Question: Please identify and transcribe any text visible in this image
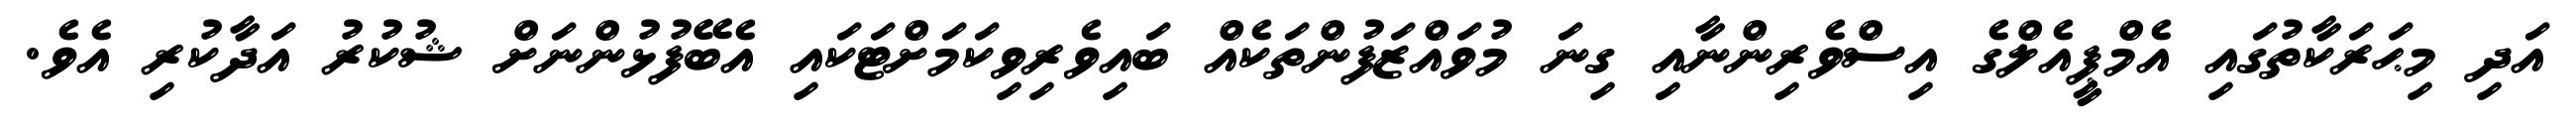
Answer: އަދި މިޙަރަކާތުގައި އެމްޕީއެލްގެ އިސްވެރިންނާއި ގިނަ މުވައްޒަފުންތަކެއް ބައިވެރިވިކަމަށްޓަކައި އެބޭފުޅުންނަށް ޝުކުރު އަދާކުރި އެވެ.